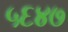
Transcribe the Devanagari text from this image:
५६४७